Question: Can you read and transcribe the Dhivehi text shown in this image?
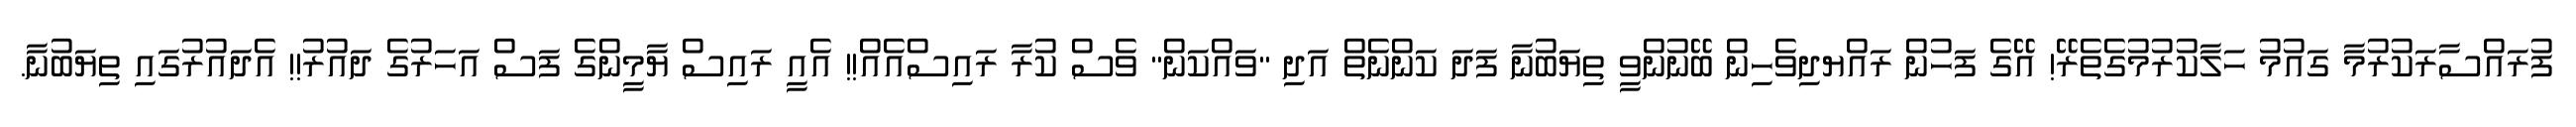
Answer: ފުރައްސާރަކުރުމާ ގައުމު ހަލާކުރުމުގެތެރޭ! އޭގެ ފަހުން ރައްޔދިވެހިން ބޭނުންވީ ތިޔަބުނާ ފަދަ ކަންނެތް އަދި "ވައްކަން" ވެސް ކުރާ ރައިސްއެއް!! އެއީ ރައިސް ޔާމީންގެ ފަސް އަހަރުގެ ދައުރު!! އެދައުރުގައި ތިޔަބުނާ.